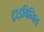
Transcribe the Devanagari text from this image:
ट्राइविनिल